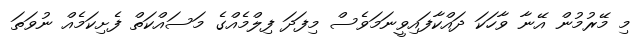
މި މޭރުމުން އޭނާ ވާހަކަ ދައްކާފައިވީނަމަވެސް މިފަދަ ފިލްމެއްގެ މަސައްކަތް ފެށިކަމެއް ނުވަތަ